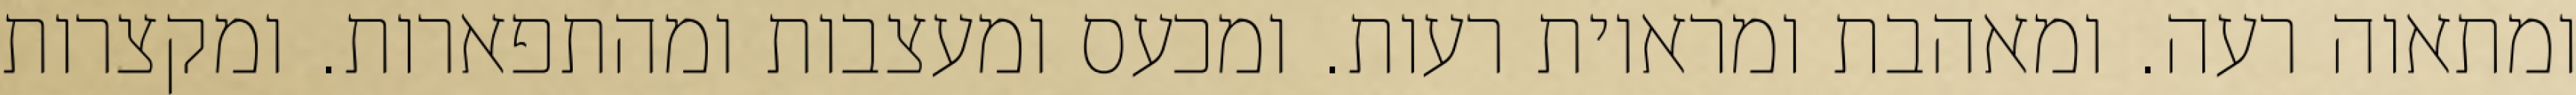
ומתאוה רעה. ומאהבת ומראיות רעות. ומכעס ומעצבות ומהתפארות. ומקצרות